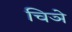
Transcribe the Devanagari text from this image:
चिञे